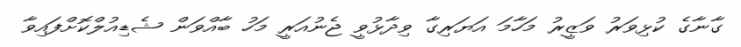
ގާނާގެ ކުޅިވަރު ވަޒީރު މަހާމަ އަޔަރިގާ ވިދާޅުވީ ޖެނުއަރީ މަހު ބާއްވަން ޝެޑިއުލްކޮށްފައިވާ